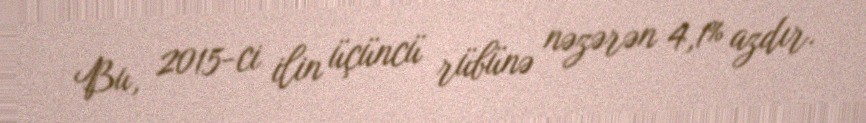
Bu, 2015-ci ilin üçüncü rübünə nəzərən 4,1% azdır.